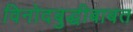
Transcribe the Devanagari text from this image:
विनोदबुद्धीबाबत